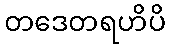
တဒေတရဟိပိ